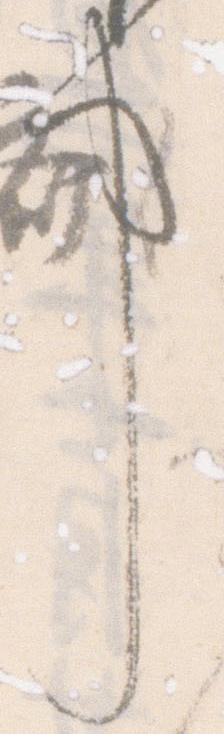
事